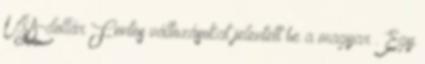
USA-dollár Fontos változásokat jelentett be a magyar . Egy